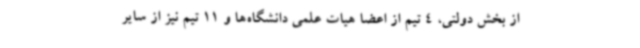
از بخش دولتی، 4 تیم از اعضا هیات علمی دانشگاه‌ها و 11 تیم نیز از سایر